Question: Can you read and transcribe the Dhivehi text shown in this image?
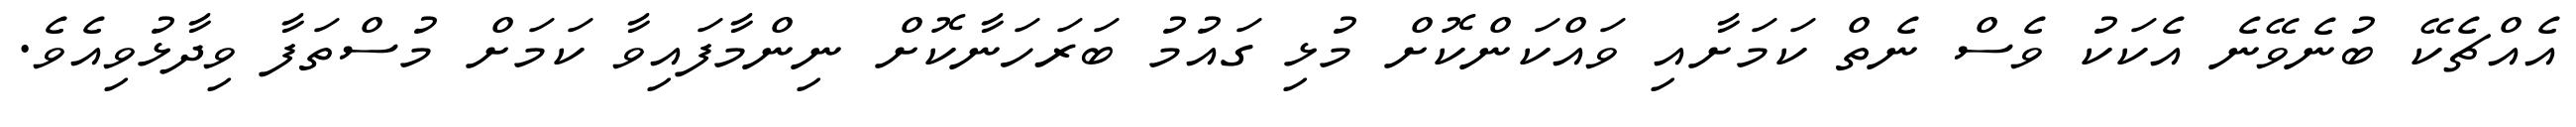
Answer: އެއްޗެކޭ ބުނެވޭނެ އެކަކު ވެސް ނެތް ކަމަށާއި ވައްކަންކޮށް މުޅި ގައުމު ބަރަހަނާކޮށް ނިންމާފައިވާ ކަމަށް މުސްތަފާ ވިދާޅުވިއެވެ.